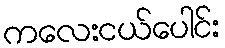
ကလေးငယ်ပေါင်း